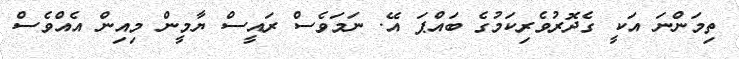
ތިމަންނަ އަކީ ގެދޮރުވެރިކަމުގެ ބައްޕަ އޭ. ނަމަވެސް ރައީސް ޔާމީން މިއިން އެއްވެސް